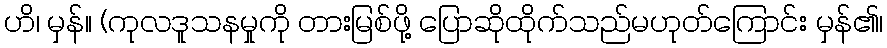
ဟိ၊ မှန်။ (ကုလဒူသနမှုကို တားမြစ်ဖို့ ပြောဆိုထိုက်သည်မဟုတ်ကြောင်း မှန်၏၊